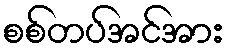
စစ်တပ်အင်အား